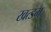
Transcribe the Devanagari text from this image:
खत्डम